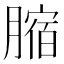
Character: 𦟱